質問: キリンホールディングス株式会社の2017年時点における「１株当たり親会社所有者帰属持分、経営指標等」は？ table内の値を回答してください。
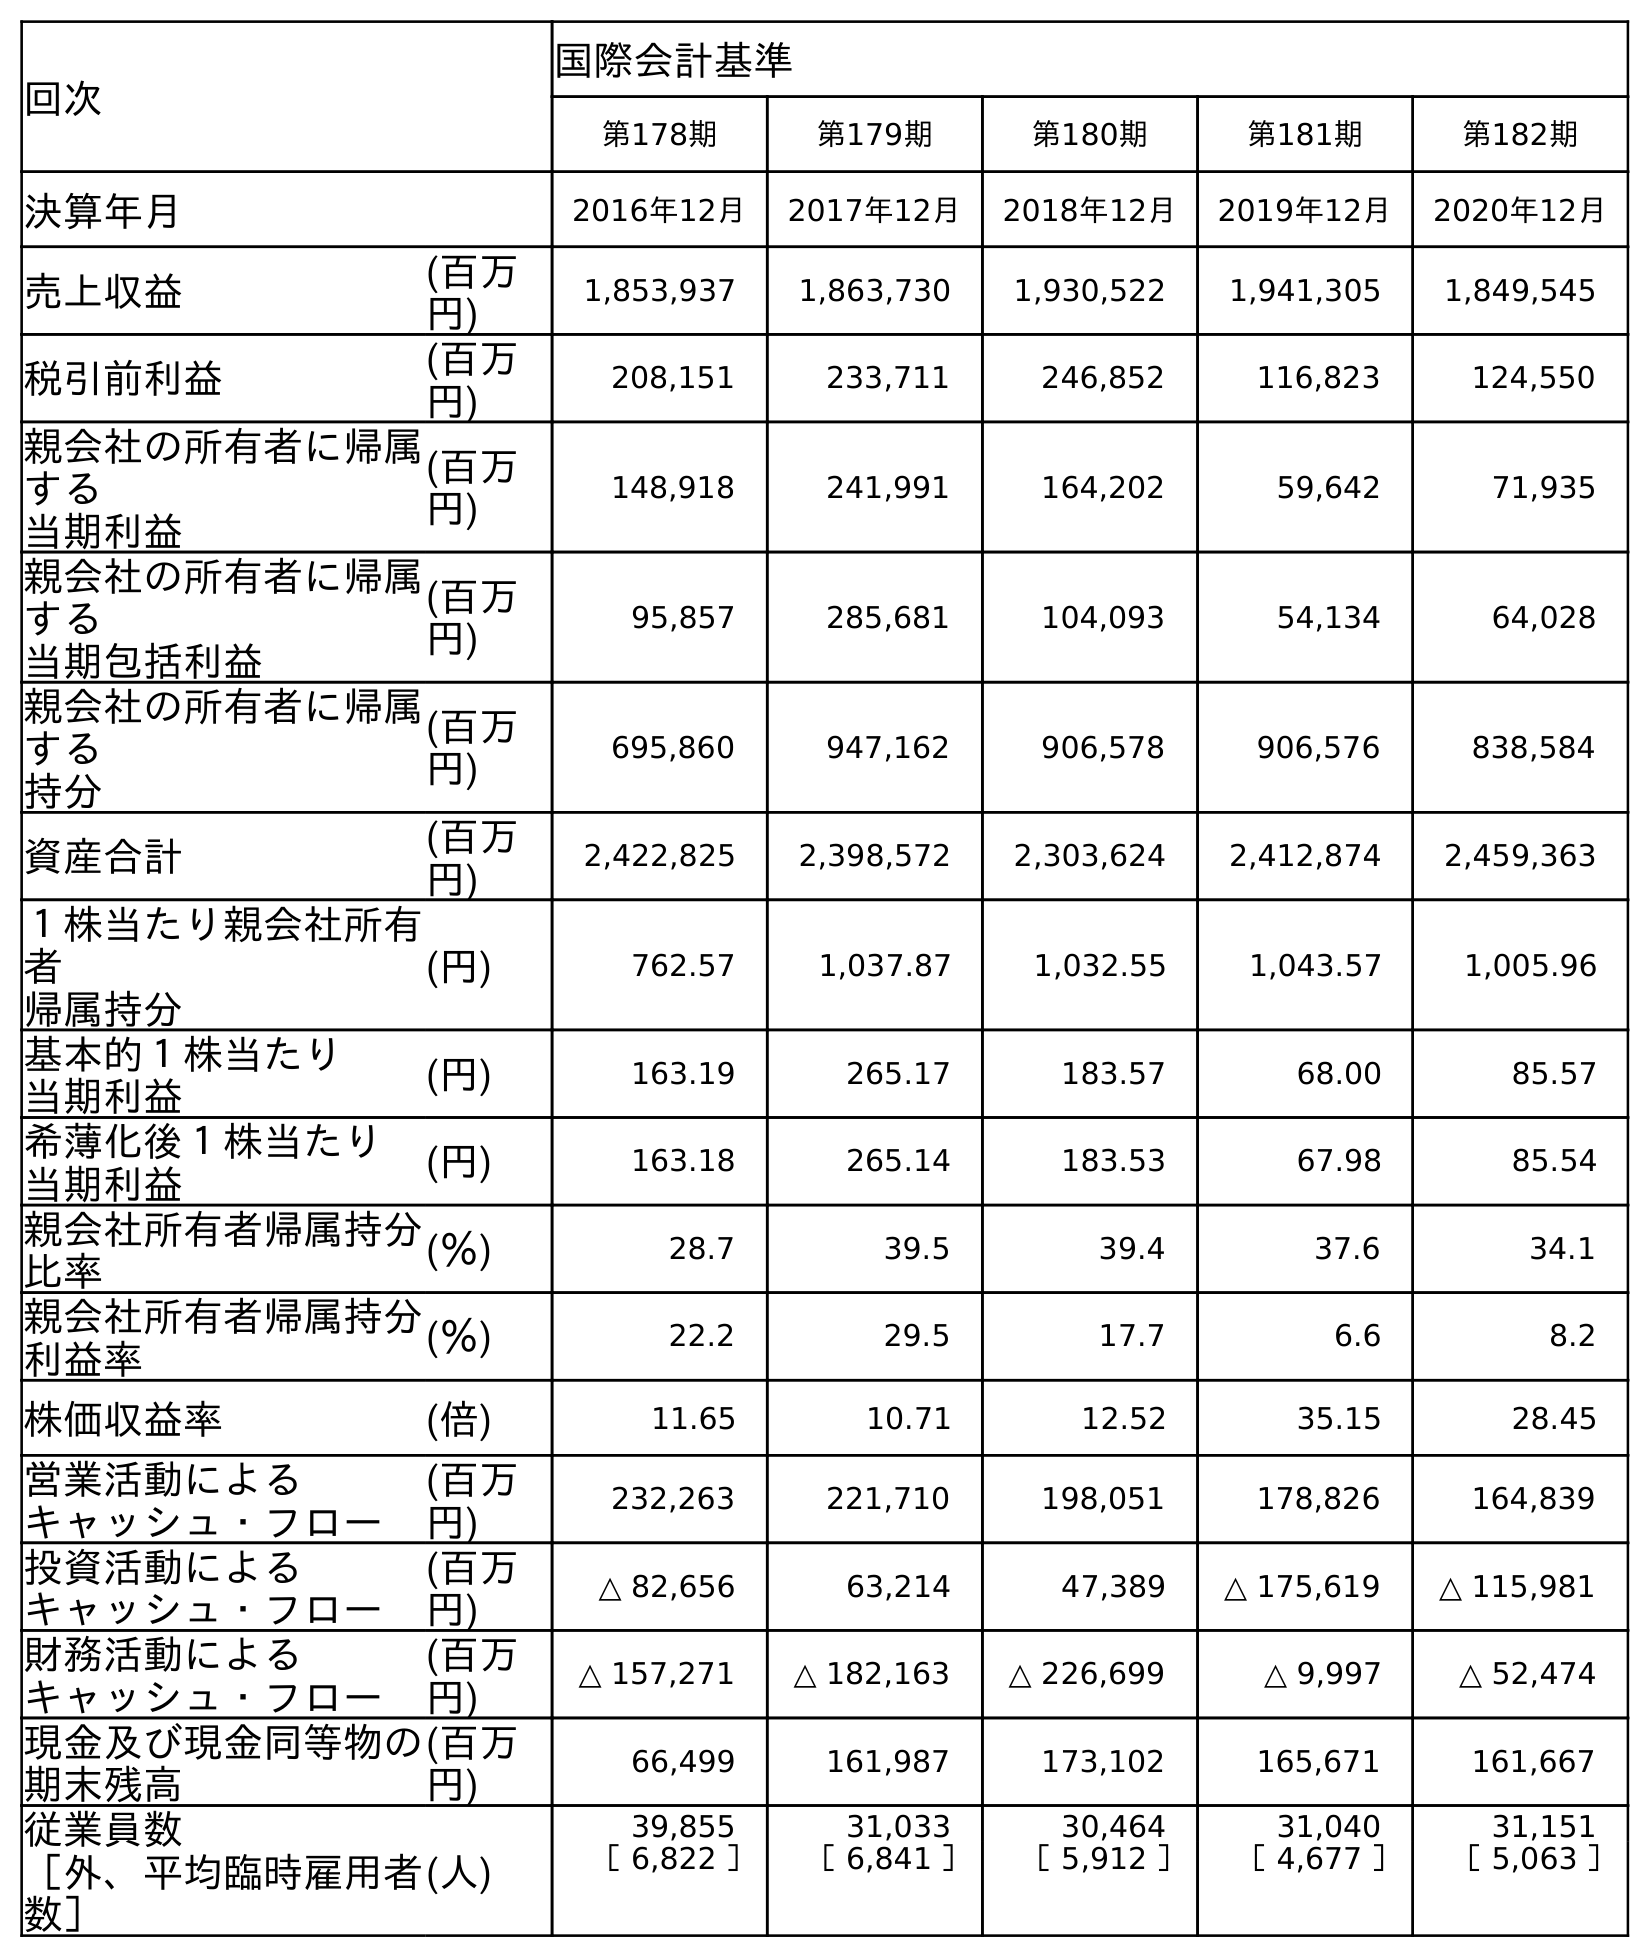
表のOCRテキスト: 回次 国際会計基準 第178期 第179期 第180期 第181期 第182期 決算年月 2016年12月 2017年12月 2018年12月 2019年12月 2020年12月 売上収益 (百万 円) 1,853,937 1,863,730 1,930,522 1,941,305 1,849,545 税引前利益 (百万 円) 208,151 233,711 246,852 116,823 124,550 親会社の所有者に帰属 する 当期利益 (百万 円) 148,918 241,991 164,202 59,642 71,935 親会社の所有者に帰属 する 当期包括利益 (百万 円) 95,857 285,681 104,093 54,134 64,028 親会社の所有者に帰属 する 持分 (百万 円) 695,860 947,162 906,578 906,576 838,584 資産合計 (百万 円) 2,422,825 2,398,572 2,303,624 2,412,874 2,459,363 １株当たり親会社所有 者 帰属持分 (円) 762.57 1,037.87 1,032.55 1,043.57 1,005.96 基本的１株当たり 当期利益 (円) 163.19 265.17 183.57 68.00 85.57 希薄化後１株当たり 当期利益 (円) 163.18 265.14 183.53 67.98 85.54 親会社所有者帰属持分 比率 (％) 28.7 39.5 39.4 37.6 34.1 親会社所有者帰属持分 利益率 (％) 22.2 29.5 17.7 6.6 8.2 株価収益率 (倍) 11.65 10.71 12.52 35.15 28.45 営業活動による キャッシュ・フロー (百万 円) 232,263 221,710 198,051 178,826 164,839 投資活動による キャッシュ・フロー (百万 円) △ 82,656 63,214 47,389 △ 175,619 △ 115,981 財務活動による キャッシュ・フロー (百万 円) △ 157,271 △ 182,163 △ 226,699 △ 9,997 △ 52,474 現金及び現金同等物の 期末残高 (百万 円) 66,499 161,987 173,102 165,671 161,667 従業員数 ［外、平均臨時雇用者 数］ (人) 39,855 31,033 30,464 31,040 31,151 ［ 6,822 ］ ［ 6,841 ］ ［ 5,912 ］ ［ 4,677 ］ ［ 5,063 ］
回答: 1,037.87